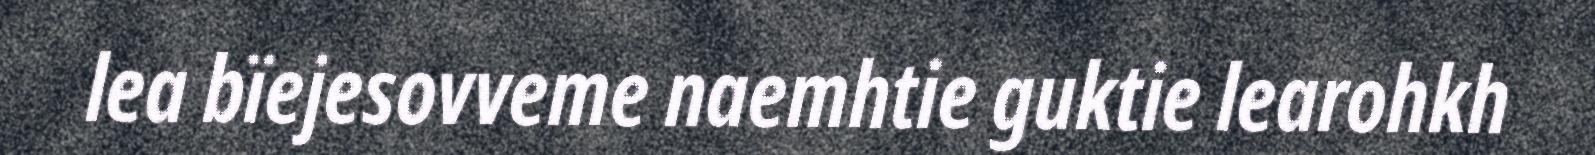
lea bïejesovveme naemhtie guktie learohkh